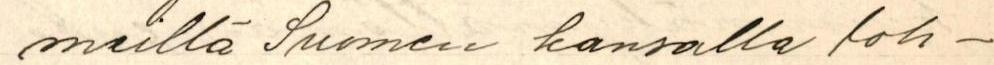
meillä Suomen kansalla loh-